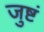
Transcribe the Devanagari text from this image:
जुष्टं